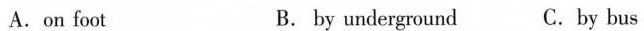
A.on foot B. by underground C.by bus